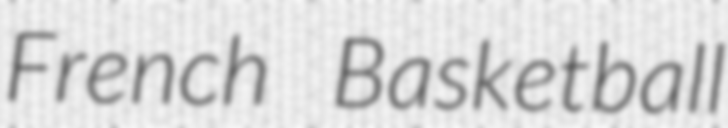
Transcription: French Basketball